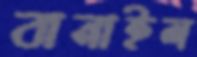
বানাইল